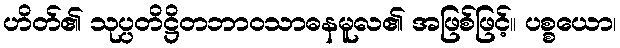
ဟိတ်၏ သုပ္ပတိဋ္ဌိတဘာဝသာဓနမူလ၏ အဖြစ်ဖြင့်။ ပစ္စယော၊